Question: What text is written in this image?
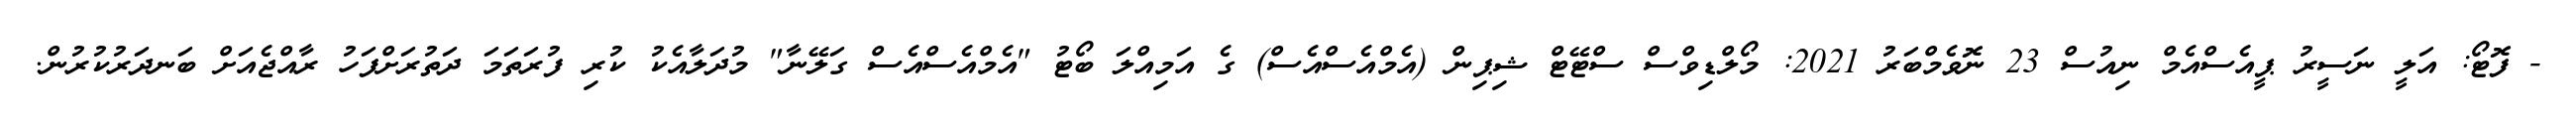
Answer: - ފޮޓޯ: އަލީ ނަސީރު ޕީއެސްއެމް ނިއުސް 23 ނޮވެމްބަރު 2021: މޯލްޑިވްސް ސްޓޭޓް ޝިޕިން (އެމްއެސްއެސް) ގެ އަމިއްލަ ބޯޓު "އެމްއެސްއެސް ގަލޭނާ" މުދަލާއެކު ކުރި ފުރަތަމަ ދަތުރަށްފަހު ރާއްޖެއަށް ބަނދަރުކުރުން.